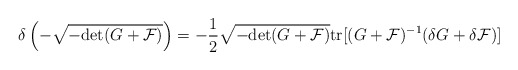
\begin{align*}\delta \left(-\sqrt{-{\rm det} (G + {\cal F})}\right) = - {1\over 2} \sqrt{-{\rm det} (G +{\cal F})} {\rm tr} [(G + {\cal F})^{-1} (\delta G + \delta {\cal F})]\end{align*}